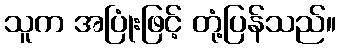
သူက အပြုံးဖြင့် တုံ့ပြန်သည်။